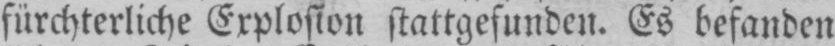
fürchterliche Explosion stattgefunden. Es befanden